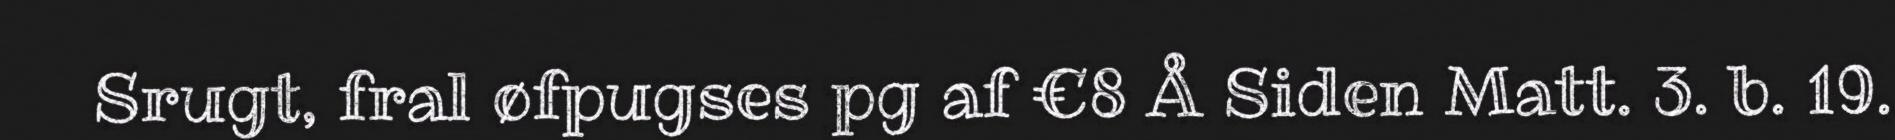
Srugt, fral øfpugses pg af €8 Å Siden Matt. 3. b. 19.